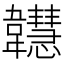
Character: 𩏲